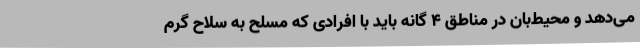
می‌دهد و محیط‌بان در مناطق ۴ گانه باید با افرادی که مسلح به سلاح گرم